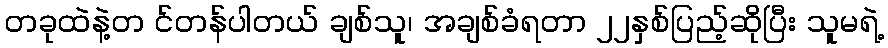
တခုထဲနဲ့တ င်တန်ပါတယ် ချစ်သူ၊ အချစ်ခံရတာ ၂၂နှစ်ပြည့်ဆိုပြီး သူမရဲ့